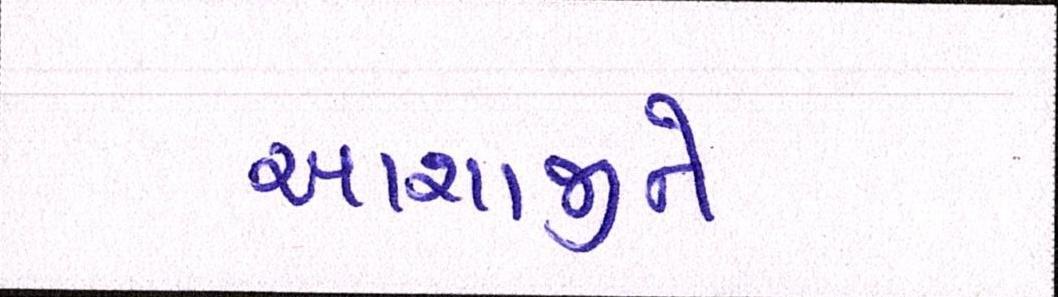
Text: આશાજીને